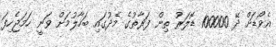
އެވޯޑަށް ދޭ 100000 ޑޮލަރު ތިން ފަރާތުގެ މެދުގައި ބަހާލުމަށް ވަނީ ހަމަޖެހިފަ